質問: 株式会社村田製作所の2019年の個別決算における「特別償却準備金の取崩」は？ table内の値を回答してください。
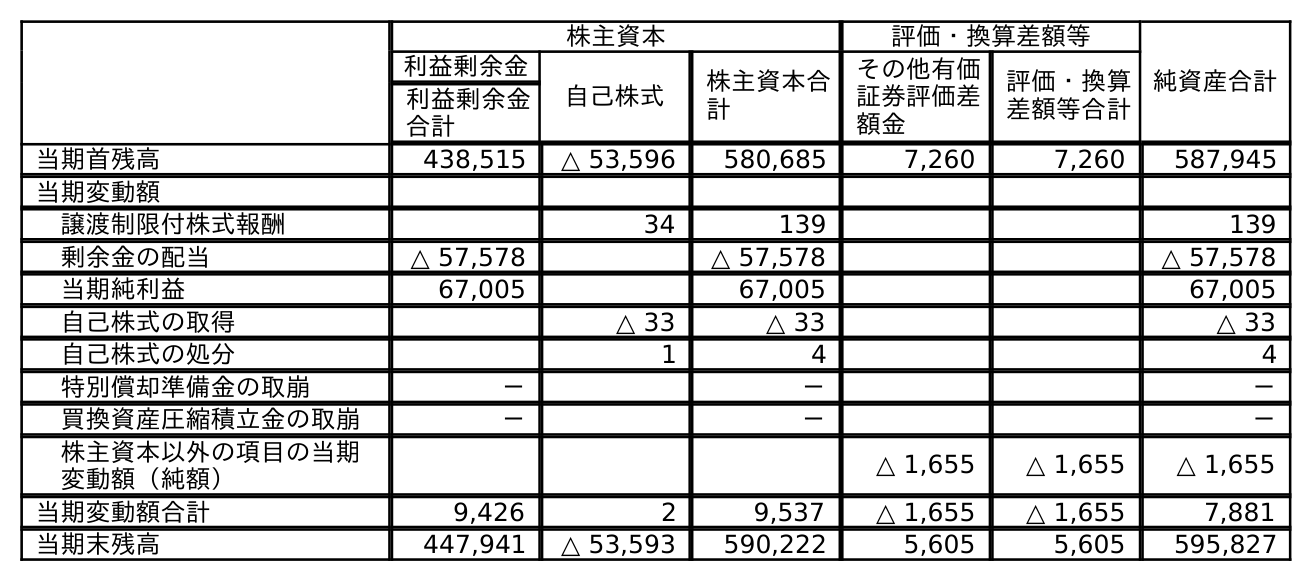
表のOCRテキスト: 株主資本 評価・換算差額等 純資産合計 利益剰余金 自己株式 株主資本合 計 その他有価 証券評価差 額金 評価・換算 差額等合計 利益剰余金 合計 当期首残高 438,515 △ 53,596 580,685 7,260 7,260 587,945 当期変動額 譲渡制限付株式報酬 34 139 139 剰余金の配当 △ 57,578 △ 57,578 △ 57,578 当期純利益 67,005 67,005 67,005 自己株式の取得 △ 33 △ 33 △ 33 自己株式の処分 1 4 4 特別償却準備金の取崩 － － － 買換資産圧縮積立金の取崩 － － － 株主資本以外の項目の当期 変動額（純額） △ 1,655 △ 1,655 △ 1,655 当期変動額合計 9,426 2 9,537 △ 1,655 △ 1,655 7,881 当期末残高 447,941 △ 53,593 590,222 5,605 5,605 595,827
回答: －